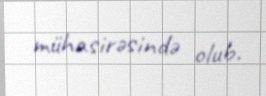
mühasirəsində olub.